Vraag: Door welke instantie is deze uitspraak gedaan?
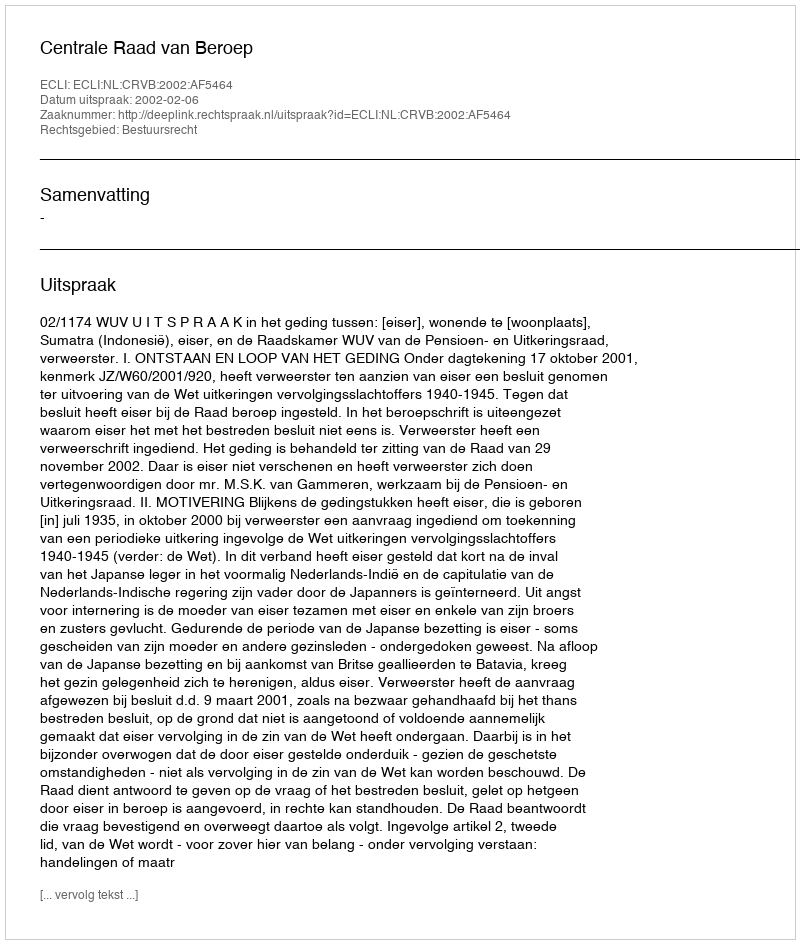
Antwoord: Centrale Raad van Beroep